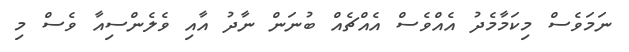
ނަމަވެސް މިކަމާމެދު އެއްވެސް އެއްޗެއް ބުނަން ނާދު އާއި ވެލެންސިއާ ވެސް މި